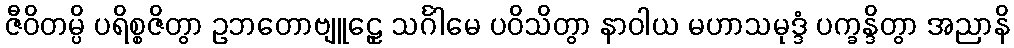
ဇီဝိတမ္ပိ ပရိစ္စဇိတွာ ဥဘတောဗျူဠှေ သင်္ဂါမေ ပဝိသိတွာ နာဝါယ မဟာသမုဒ္ဒံ ပက္ခန္ဒိတွာ အညာနိ